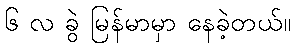
၆ လ ခွဲ မြန်မာမှာ နေခဲ့တယ်။